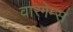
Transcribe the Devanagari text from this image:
वारगेम्स